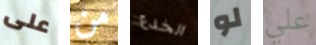
على من الخدع لو علي